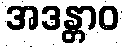
အဒန္တာဝ